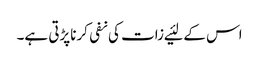
اس کے لئیے زات کی نفی کرناپڑتی ہے۔